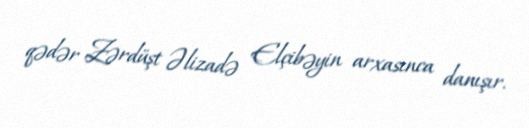
qədər Zərdüşt Əlizadə Elçibəyin arxasınca danışır.